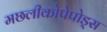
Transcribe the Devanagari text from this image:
मछलीकोपेपोड्स